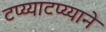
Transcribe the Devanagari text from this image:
टप्य्याटप्य्याने